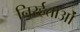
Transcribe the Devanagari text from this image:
निरर्हताओं